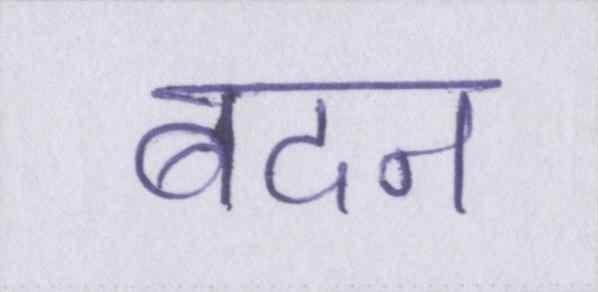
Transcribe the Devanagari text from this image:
बदन